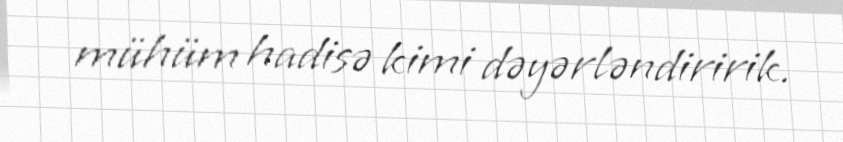
mühüm hadisə kimi dəyərləndiririk.